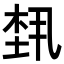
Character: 𬂴